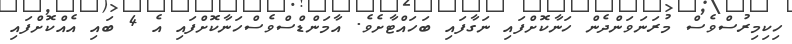
ހިކިމިރުސްވެސް މުރަނަވަންދެން ހަނާކޮށްފައި ނަގާފައި ބަހައްޓާށެވެ. އާމަންޑްސްވެސްހަނާކޮށްފައި އެ 4 ބައި އެއްކޮށްފައި